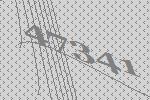
47341